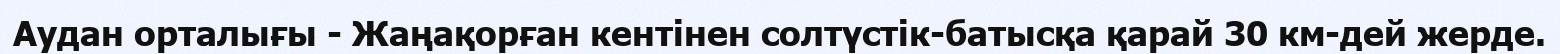
Аудан орталығы - Жаңақорған кентінен солтүстік-батысқа қарай 30 км-дей жерде.